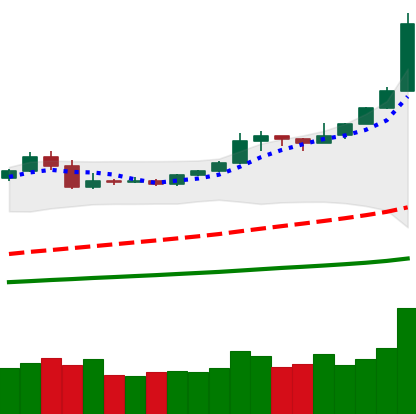
Ticker: BTC-USD
Chart end date: 2019-05-11
Forward return: 9.44%
Label: up_7plus